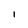
Character: l